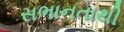
સભાનતાથી